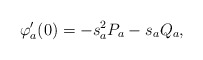
\begin{align*}\varphi'_a(0)=-s_a^2 P_a -s_a Q_a,\end{align*}